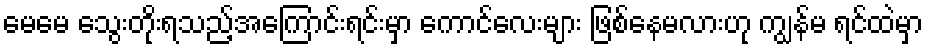
မေမေ သွေးတိုးရသည့်အကြောင်းရင်းမှာ ကောင်လေးများ ဖြစ်နေမလားဟု ကျွန်မ ရင်ထဲမှာ